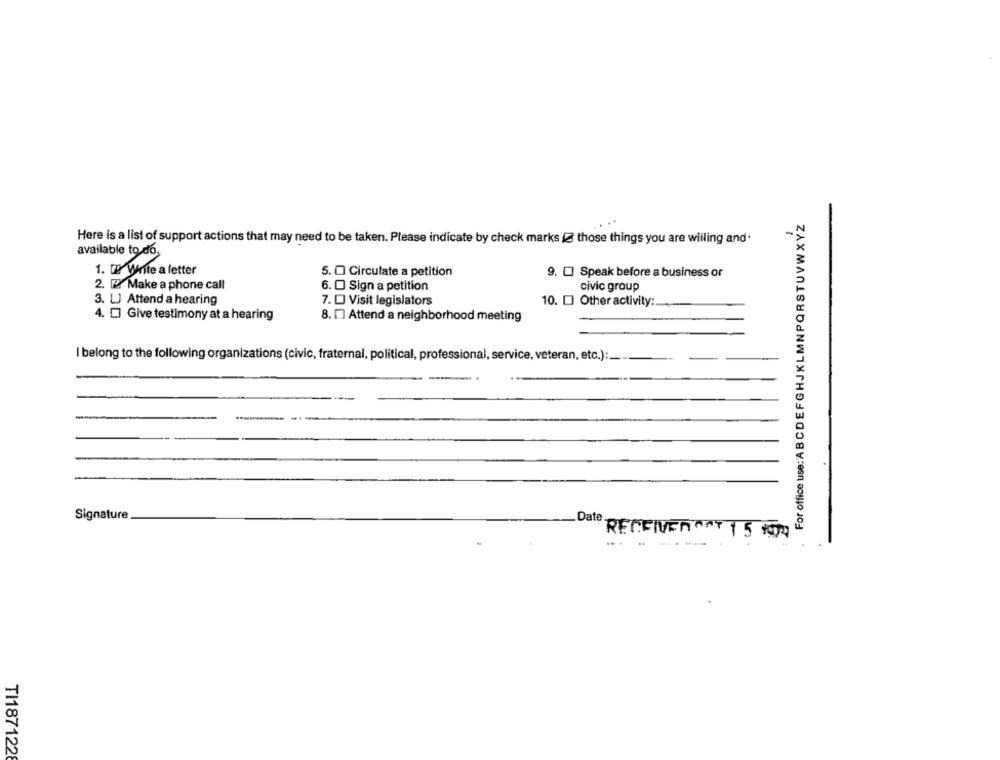
For office use: ABCDEFGHJKLMNPQRSTUVWXYZ
Here is a list of support actions that may need to be taken. Please indicate by check marks & those things you are willing and.
available to do.
1. 12 Write a letter
5. O Circulate a petition
9. [] Speak before a business or
2. 2.Make a phone call
6. O Sign a petition
civic group
3. LJ Attend a hearing
7. O Visit legislators
10. D Other activity:
4. [] Give testimony at a hearing
8. [.] Attend a neighborhood meeting
I belong to the following organizations (civic, fraternal, political, professional, service, veteran, etc.) :__.
Signature
Date.
RECEIVER ANT 1 5 1979
..- ----
TI1871228